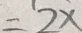
= 2 x